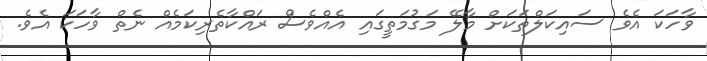
ވާހަކަ އެވެ ސައިކަލްތަކަށް މާލޭ މަގުމަތީގައި އެއްވެސް ރައްކާތެރިކަމެއް ނެތް ވާހަކަ އެވެ.